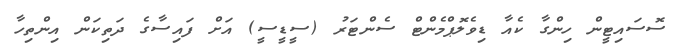
ސޮސައިޓީން ހިންގާ ކެއާ ޑިވެލޮޕްމެންޓް ސެންޓަރު (ސީޑީސީ) އަށް ފައިސާގެ ދަތިކަން އިންތިހާ